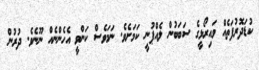
ކުޑަދޮރުފަތެއް ވައިރޯޅީގެ ސަބަބުން ލެއްޕުނީ ކަމަށެވެ. ނަމަވެސް ކަންވީ އެހެންނެއް ނޫނެވެ. ދުރުން